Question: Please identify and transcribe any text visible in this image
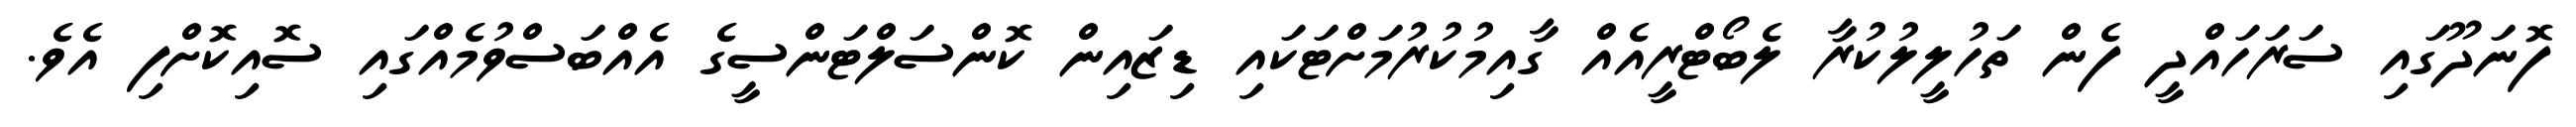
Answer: ފޮނަދޫގައި ސަރަހައްދީ ފެން ތަހުލީލުކުރާ ލެބޯޓްރީއެއް ގާއިމުކުރުމަށްޓަކައި ޑިޒައިން ކޮންސަލްޓަންސީގެ އެއްބަސްވުމެއްގައި ސޮއިކޮށްފި އެވެ.